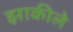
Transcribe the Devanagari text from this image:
झाकीले